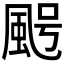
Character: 𩖸